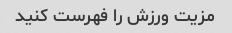
مزیت ورزش را فهرست کنید